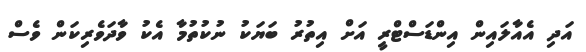
އަދި އެއާލައިން އިންޑަސްޓްރީ އަށް އިތުރު ބަޔަކު ނުކުތުމާ އެކު ވާދަވެރިކަން ވެސް